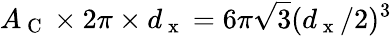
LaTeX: A_{\mathrm{~C~}}\times 2\pi\times d_{\mathrm{~x~}}=6\pi\sqrt{3}(d_{\mathrm{~x~}}/2)^{3}